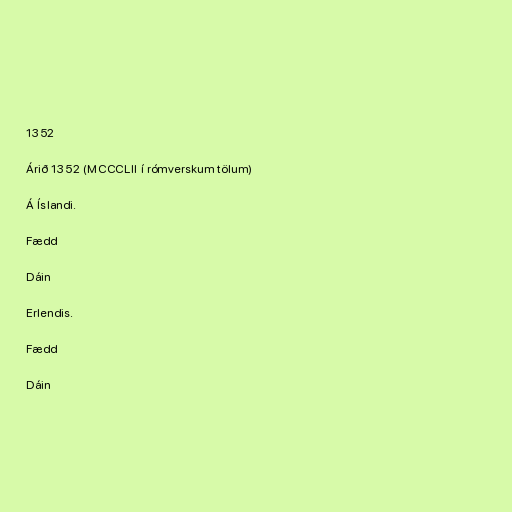
1352

Árið 1352 (MCCCLII í rómverskum tölum)

Á Íslandi.

Fædd

Dáin

Erlendis.

Fædd

Dáin